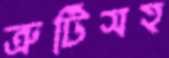
ত্রুটিসহ